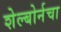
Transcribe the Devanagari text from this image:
शेल्बोर्नचा